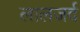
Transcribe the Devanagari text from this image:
लालजर्द